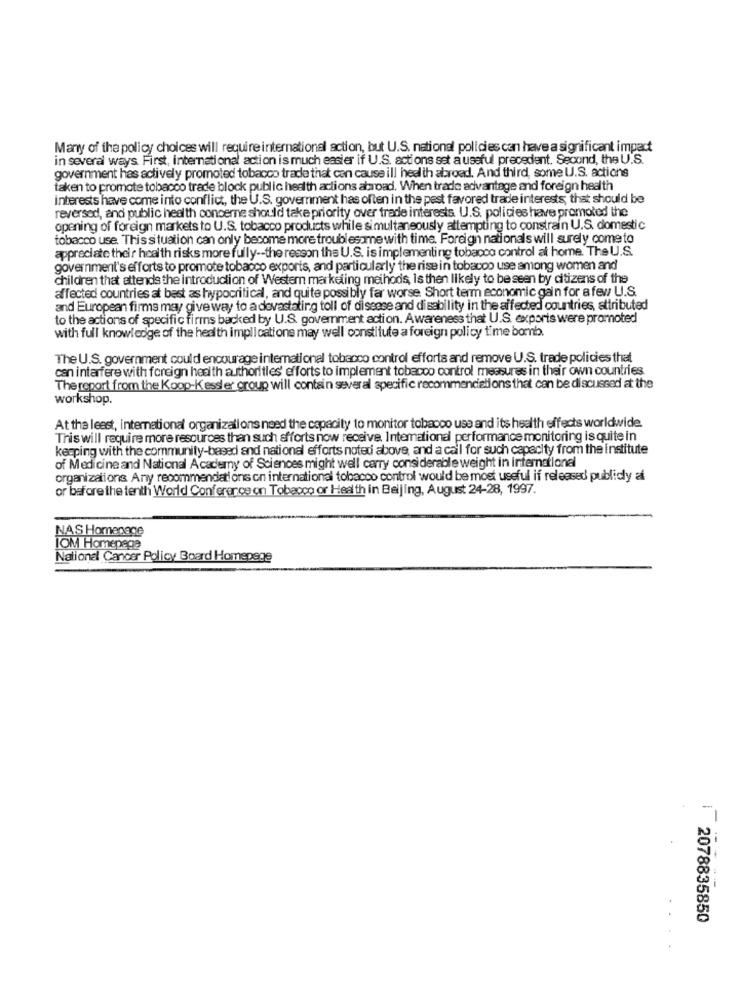
Many of the policy choices will require international action, but U.S. national policies can have a significant impact
in several ways First, International action is much easier if U.S. actions set a useful precedent. Second, the U.S.
government has actively promoted tobacco trade that can cause ill health abroad. And third, some U.S. actions
taken to promote tobacco trade block public health actions abroad. When trade advantage and foreign health
interests have come into conflict, the U.S. government has often in the past favored trade interests; that should be
reversed, and public health concerne should take priority over trade interests. U.S. policies have promoted the
opening of foreign markets to U.S. tobacco products while simultaneously attempting to constrain U.S. domestic
tobacco use. This situation can only become more troublesome with time. Foreign nationals will surely come to
appreciate their health risks more fully -- the reason the U.S. is implementing tobacco control at home. The U.S.
government's efforts to promote tobacco exports, and particularly the rise in tobacco use among women and
children that attends the introduction of Western marketing methods, is then likely to be seen by citizens of the
affected countries at best as hypocritical, and quite possibly far worse. Short term economic gain for a few U.S.
and European firms may give way to a devastating toll of disease and disability in the affected countries, attributed
to the actions of specific firms backed by U.S. government action. Awareness that U.S. exports were promoted
with full knowledge of the health implications may well constitute a foreign policy time bomb.
The U.S. government could encourage international tobacco control efforts and remove U.S. trade policies that
can interfere with foreign health authorities' efforts to implement tobacco control measures in their own countries
The report from the Koop-Kessler group will contain several specific recommendations that can be discussed at the
workshop.
At the least, international organizations need the capacity to monitor tobacco use and its health effects worldwide.
This will require more resources than such efforts now receive, International performance monitoring is quite in
keeping with the community-based and national efforts noted above, and a call for such capacity from the institute
of Medicine and National Academy of Sciences might well carry considerable weight in international
organizations Any recommendations on international tobacco control would be most useful if released publidy a
or before the tenth World Conference on Tobacco or Health in Beijing, August 24-28, 1997.
NAS Homenage
IOM Homepage
National Cancer Policy Board Homepege
2078835850